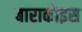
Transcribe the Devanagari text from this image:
बाराकोइस